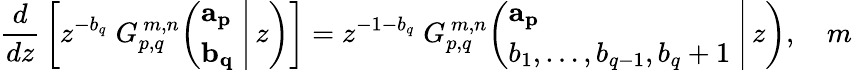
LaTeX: {\frac{d}{dz}}\left[z^{-b_{q}}\; G_{p,q}^{\, m,n}\! \left(\left.{\begin{array}{l}{\mathbf{a_{p}}}\\ {\mathbf{b_{q}}}\end{array}}\; \right|\, z\right)\right]=z^{-1-b_{q}}\; G_{p,q}^{\, m,n}\! \left(\left.{\begin{array}{l}{\mathbf{a_{p}}}\\ {b_{1},\dots,b_{q-1},b_{q}+1}\end{array}}\; \right|\, z\right),\quad m